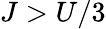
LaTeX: J>U/3